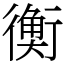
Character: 𧗾